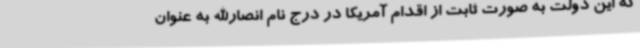
که این دولت به صورت ثابت از اقدام آمریکا در درج نام انصارالله به عنوان